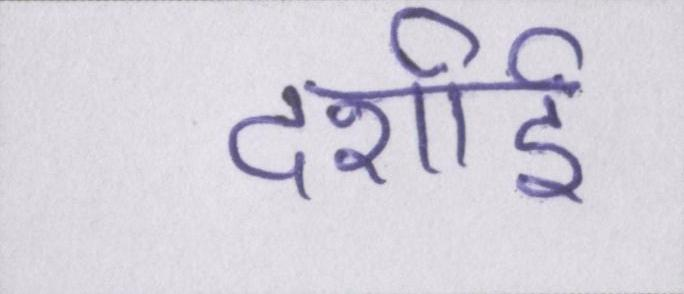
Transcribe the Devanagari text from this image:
दर्शाई